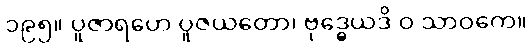
၁၉၅။ ပူဇာရဟေ ပူဇယတော၊ ဗုဒ္ဓေယဒိ ဝ သာဝကေ။